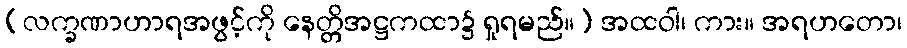
(လက္ခဏာဟာရအဖွင့်ကို နေတ္တိအဋ္ဌကထာ၌ ရှုရမည်။) အထဝါ၊ ကား။ အရဟတော၊